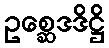
ဥစ္ဆေဒဒိဋ္ဌိ